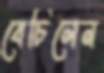
বেচিলেন